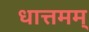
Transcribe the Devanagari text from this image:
धात्तमम्‌